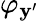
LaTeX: \varphi_{\mathbf{y}^{\prime}}